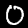
Digit: 0